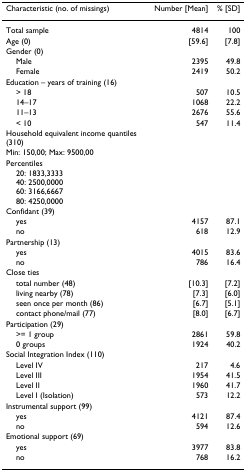
<table><thead><tr><td><b>Characteristic (no. of missings)</b></td><td><b>Number [Mean]</b></td><td><b>% [SD]</b></td></tr></thead><tbody><tr><td>Total sample</td><td>4814</td><td>100</td></tr><tr><td>Age (0)</td><td>[59.6]</td><td>[7.8]</td></tr><tr><td>Gender (0)</td><td></td><td></td></tr><tr><td> Male</td><td>2395</td><td>49.8</td></tr><tr><td> Female</td><td>2419</td><td>50.2</td></tr><tr><td>Education – years of training (16)</td><td></td><td></td></tr><tr><td> &gt; 18</td><td>507</td><td>10.5</td></tr><tr><td> 14–17</td><td>1068</td><td>22.2</td></tr><tr><td> 11–13</td><td>2676</td><td>55.6</td></tr><tr><td> &lt; 10</td><td>547</td><td>11.4</td></tr><tr><td>Household equivalent income quantiles (310)</td><td></td><td></td></tr><tr><td>Min: 150,00; Max: 9500,00</td><td></td><td></td></tr><tr><td>Percentiles</td><td></td><td></td></tr><tr><td> 20: 1833,333340: 2500,000060: 3166,666780: 4250,0000</td><td></td><td></td></tr><tr><td>Confidant (39)</td><td></td><td></td></tr><tr><td> yes</td><td>4157</td><td>87.1</td></tr><tr><td> no</td><td>618</td><td>12.9</td></tr><tr><td>Partnership (13)</td><td></td><td></td></tr><tr><td> yes</td><td>4015</td><td>83.6</td></tr><tr><td> no</td><td>786</td><td>16.4</td></tr><tr><td>Close ties</td><td></td><td></td></tr><tr><td> total number (48)</td><td>[10.3]</td><td>[7.2]</td></tr><tr><td> living nearby (78)</td><td>[7.3]</td><td>[6.0]</td></tr><tr><td> seen once per month (86)</td><td>[6.7]</td><td>[5.1]</td></tr><tr><td> contact phone/mail (77)</td><td>[8.0]</td><td>[6.7]</td></tr><tr><td>Participation (29)</td><td></td><td></td></tr><tr><td> &gt;= 1 group</td><td>2861</td><td>59.8</td></tr><tr><td> 0 groups</td><td>1924</td><td>40.2</td></tr><tr><td>Social Integration Index (110)</td><td></td><td></td></tr><tr><td> Level IV</td><td>217</td><td>4.6</td></tr><tr><td> Level III</td><td>1954</td><td>41.5</td></tr><tr><td> Level II</td><td>1960</td><td>41.7</td></tr><tr><td> Level I (Isolation)</td><td>573</td><td>12.2</td></tr><tr><td>Instrumental support (99)</td><td></td><td></td></tr><tr><td> yes</td><td>4121</td><td>87.4</td></tr><tr><td> no</td><td>594</td><td>12.6</td></tr><tr><td>Emotional support (69)</td><td></td><td></td></tr><tr><td> yes</td><td>3977</td><td>83.8</td></tr><tr><td> no</td><td>768</td><td>16.2</td></tr></tbody></table>